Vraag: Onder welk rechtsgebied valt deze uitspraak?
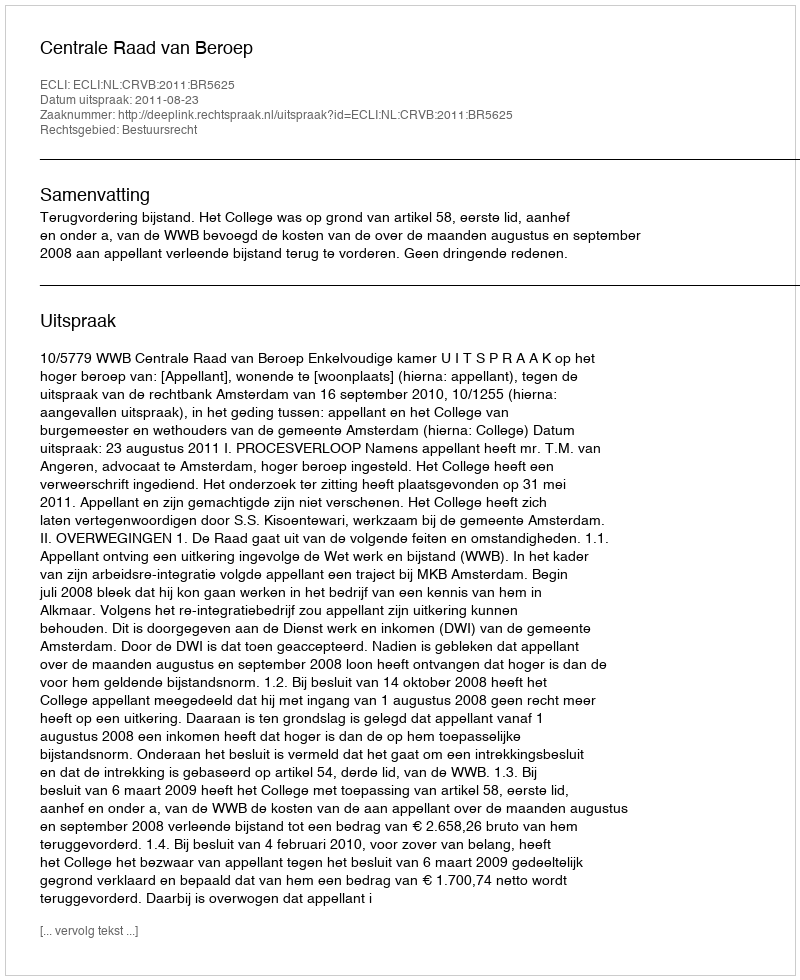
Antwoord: Bestuursrecht